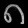
Digit: ၈